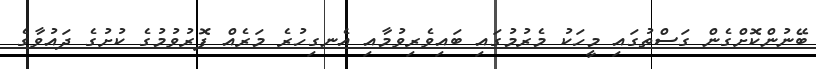
ބޭނުންކޮށްގެން ގަސްތުގައި މީހަކު މެރުމުގައި ބައިވެރިވުމާއި އެނގިހުރެ މަރެއް ފޮރުވުމުގެ ކުށުގެ ދައުވާގެ